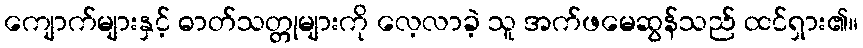
ကျောက်များနှင့် ဓာတ်သတ္တုများကို လေ့လာခဲ့ သူ အက်ဖမေဆွန်သည် ထင်ရှား၏။